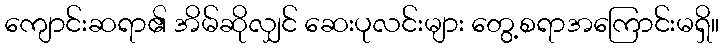
ကျောင်းဆရာ၏ အိမ်ဆိုလျှင် ဆေးပုလင်းများ တွေ့စရာအကြောင်းမရှိ။